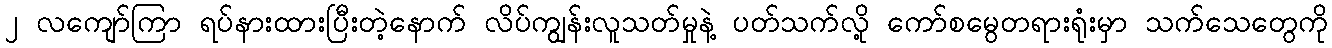
၂ လကျော်ကြာ ရပ်နားထားပြီးတဲ့နောက် လိပ်ကျွန်းလူသတ်မှုနဲ့ ပတ်သက်လို့ ကော်စမွေတရားရုံးမှာ သက်သေတွေကို